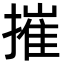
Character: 摧